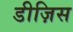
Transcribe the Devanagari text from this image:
डीज़िस